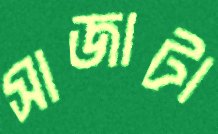
সাজাটা